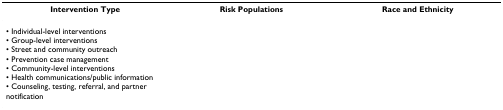
<table><thead><tr><td><b>Intervention Type</b></td><td><b>Risk Populations</b></td><td><b>Race and Ethnicity</b></td></tr></thead><tbody><tr><td>• Individual-level interventions• Group-level interventions• Street and community outreach• Prevention case management• Community-level interventions• Health communications/public information• Counseling, testing, referral, and partner notification</td><td>[EMPTY_CELL]</td><td>[EMPTY_CELL]</td></tr></tbody></table>